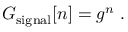
G _ { \mathrm { s i g n a l } } [ n ] = g ^ { n } \; .